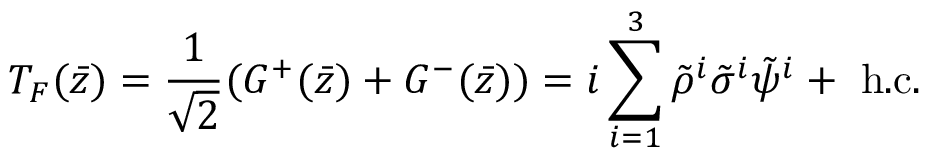
T _ { F } ( \bar { z } ) = \frac { 1 } { \sqrt { 2 } } ( G ^ { + } ( \bar { z } ) + G ^ { - } ( \bar { z } ) ) = i \sum _ { i = 1 } ^ { 3 } \tilde { \rho } ^ { i } \tilde { \sigma } ^ { i } \tilde { \psi } ^ { i } + \mathrm { ~ h . c . }